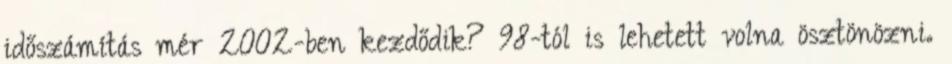
időszámítás mér 2002-ben kezdődik? 98-tól is lehetett volna ösztönözni.